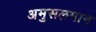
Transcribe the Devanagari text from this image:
अमुसलमान